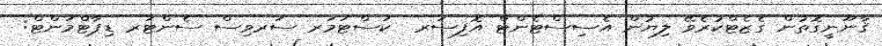
ޤާނޫނީގޮތުން ގެޒެޓްކުރެވޭ ލިޔުން އެސިސްޓެންޓް އޮފިސަރ  ކަސްޓަމަރ ސަރވިސް ސެންޓަރ ޑިޕާޓްމަންޓް: